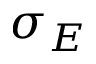
\sigma _ { E }